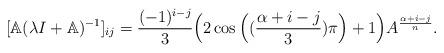
LaTeX: \begin{align*}[\mathbb{A}(\lambda I +\mathbb{A})^{-1}]_{ij}=\dfrac{(-1)^{i-j}}{3}\Big(2\cos\Big((\frac{\alpha+i-j}{3}) \pi\Big)+1\Big)A^{\frac{\alpha+i-j}{n}}.\end{align*}